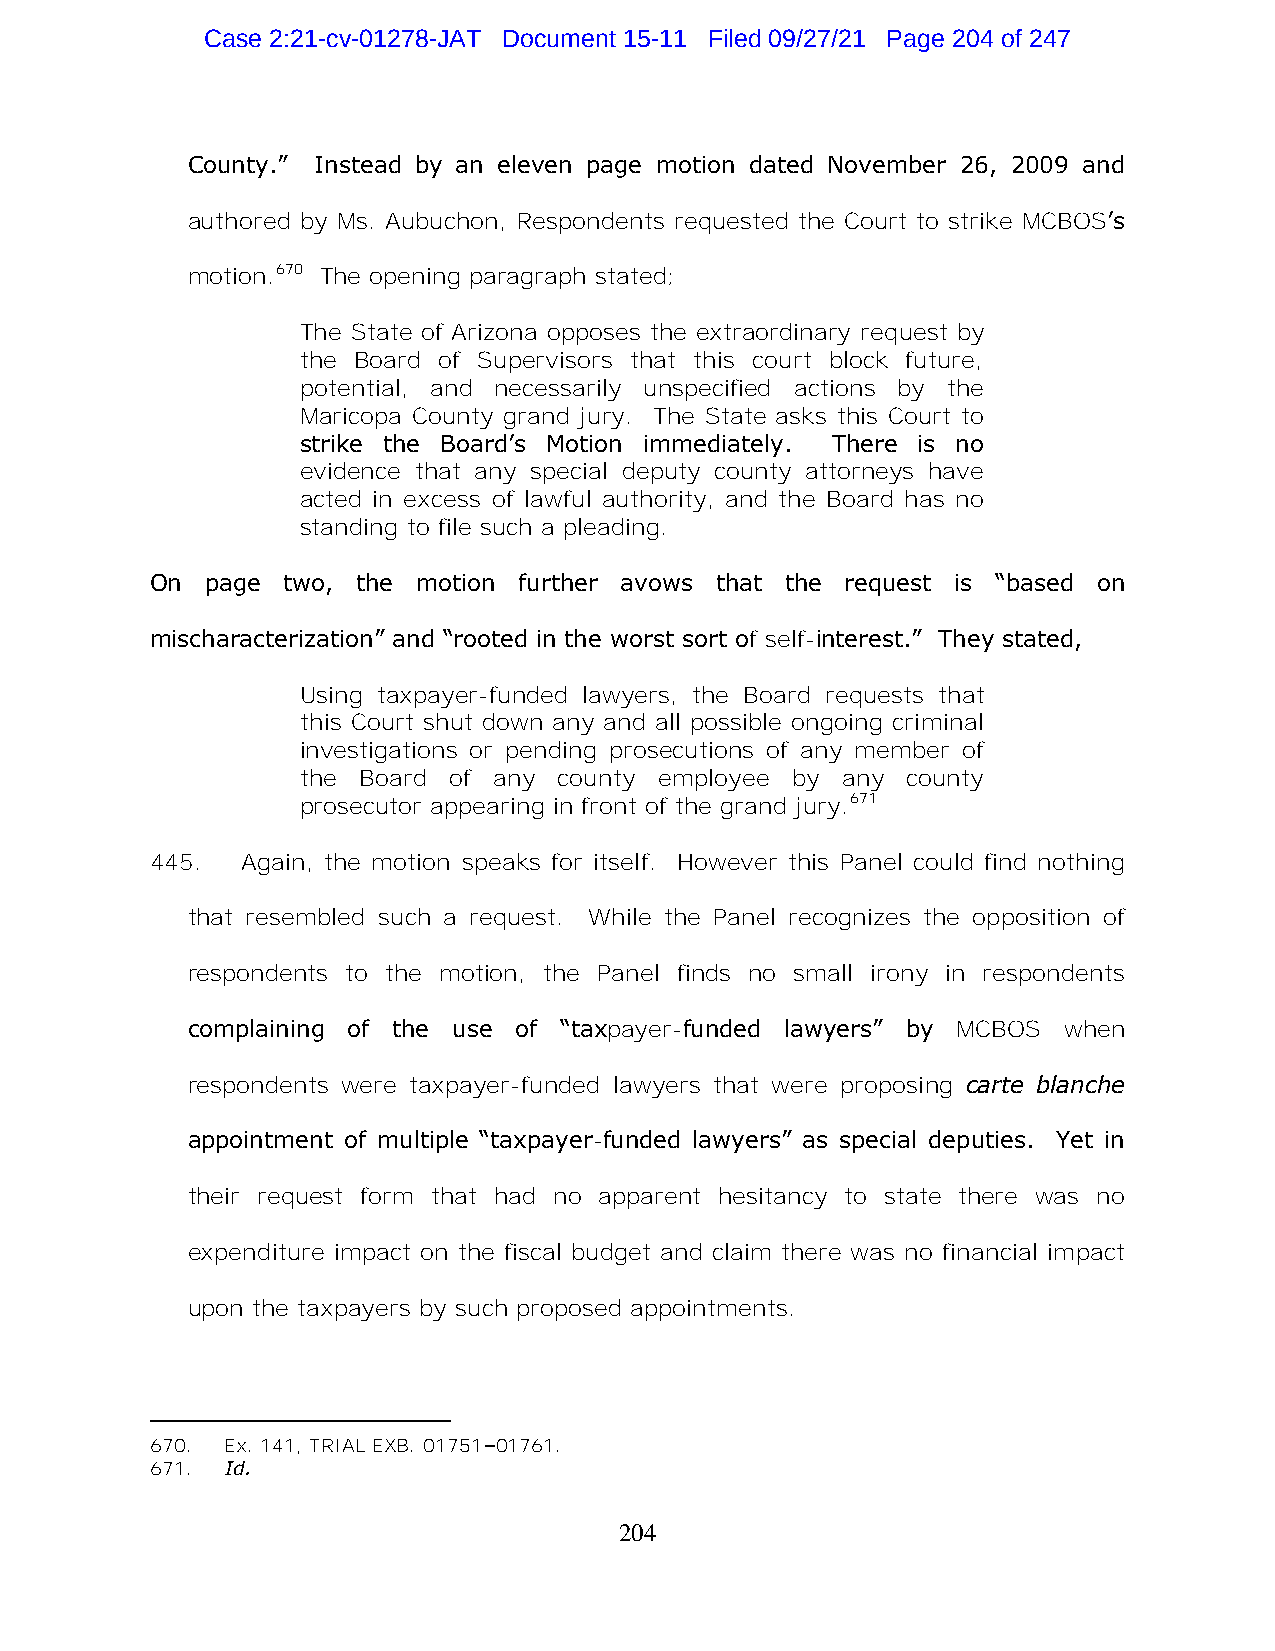
Case 2:21-cv-01278-JAT Document 15-11 Filed 09/27/21 Page 204 of 247
 County.” Instead by an eleven page motion dated November 26, 2009 and
 authored by Ms. Aubuchon, Respondents requested the Court to strike MCBOS’s
 motion.670 The opening paragraph stated;
 The State of Arizona opposes the extraordinary request by
 the Board of Supervisors that this court block future,
 potential, and necessarily unspecified actions by the
 Maricopa County grand jury. The State asks this Court to
 strike the Board’s Motion immediately. There is no
 evidence that any special deputy county attorneys have
 acted in excess of lawful authority, and the Board has no
 standing to file such a pleading.
 On  page two, the motion further avows that the request is “based on
 mischaracterization” and “rooted in the worst sort of self-interest.” They stated,
 Using taxpayer-funded lawyers, the Board requests that
 this Court shut down any and all possible ongoing criminal
 investigations or pending prosecutions of any member of
 the Board of any county employee by any county
 prosecutor appearing in front of the grand jury.671
 445.  Again, the motion speaks for itself. However this Panel could find nothing
 that resembled such a request. While the Panel recognizes the opposition of
 respondents to the motion, the Panel finds no small irony in respondents
 complaining of the use of “taxpayer-funded lawyers” by MCBOS when
 respondents were taxpayer-funded lawyers that were proposing carte blanche
 appointment of multiple “taxpayer-funded lawyers” as special deputies. Yet in
 their request form that had no apparent hesitancy to state there was no
 expenditure impact on the fiscal budget and claim there was no financial impact
 upon the taxpayers by such proposed appointments.
 670. Ex. 141, TRIAL EXB. 01751–01761.
 671. Id.
 204